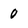
Character: 0